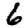
Digit: 6